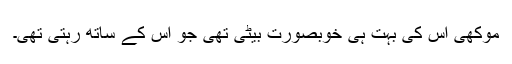
موکھی اس کی بہت ہی خوبصورت بیٹی تھی جو اس کے ساتھ رہتی تھی۔